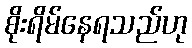
စိုးရိမ်နေရသည်ဟု